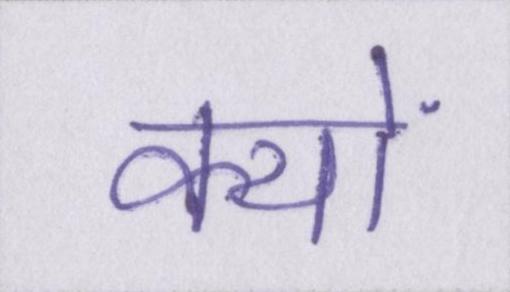
क्यों